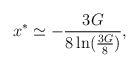
\begin{align*}x^{*}\simeq-{3G\over8\ln({3G\over8})},\end{align*}